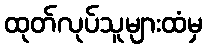
ထုတ်လုပ်သူများထံမှ